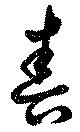
春